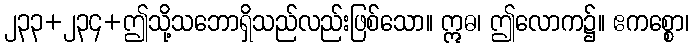
၂၃၃+၂၃၄+ဤသို့သဘောရှိသည်လည်းဖြစ်သော။ ဣဓ၊ ဤလောက၌။ ဧကစ္စော၊